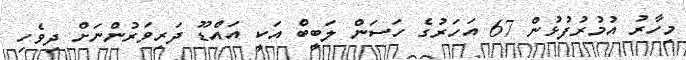
މިހާރު އުމުރުފުޅުން 67 އަހަރުގެ ހަސަން ލަބީބް އަކީ އައްޑޫ ދަރިވަރުންނަށް ދިވެހި